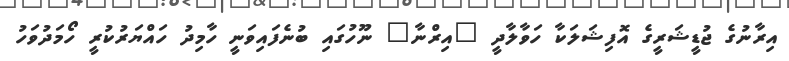
އިރާނުގެ ޖުޑީޝަރީގެ އޮފިޝަލަކާ ހަވާލާދީ "އިރްނާ" ނޫހުގައި ބުނެފައިވަނީ ހާމިދު ހައްޔަރުކުރީ ހޯމަދުވަހު